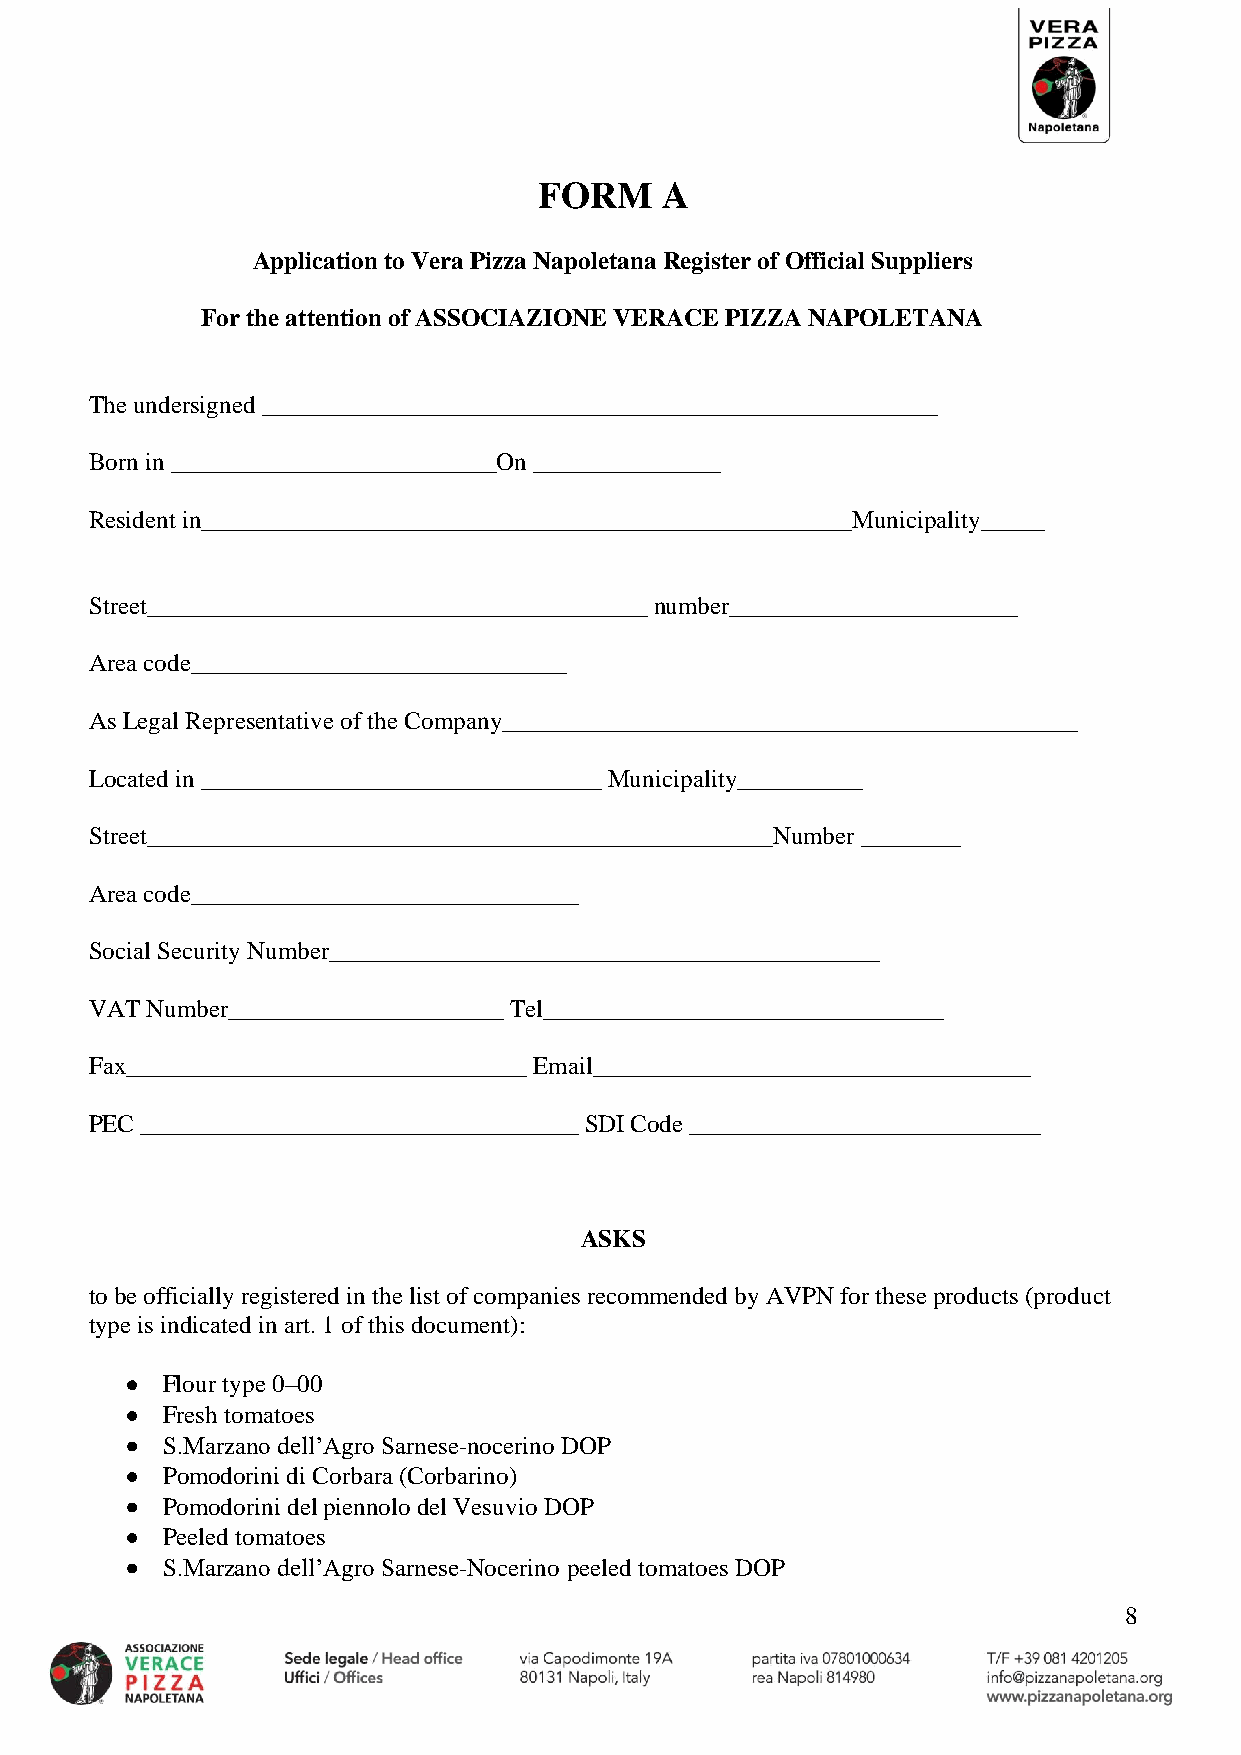
FORM    A
 Application to Vera Pizza Napoletana Register of Official Suppliers
 For the attention of ASSOCIAZIONE VERACE PIZZA NAPOLETANA
 The undersigned ______________________________________________________
 Born in __________________________On _______________
 Resident in____________________________________________________Municipality_____
 Street________________________________________ number_______________________
 Area code______________________________
 As Legal Representative of the Company______________________________________________
 Located in ________________________________ Municipality__________
 Street__________________________________________________Number ________
 Area code_______________________________
 Social Security Number____________________________________________
 VAT Number______________________ Tel________________________________
 Fax________________________________ Email___________________________________
 PEC ___________________________________ SDI Code ____________________________
 ASKS
 to be officially registered in the list of companies recommended by AVPN for these products (product
 type is indicated in art. 1 of this document):
 •  Flour type 0–00
 •  Fresh tomatoes
 •  S.Marzano dell’Agro Sarnese-nocerino DOP
 •  Pomodorini di Corbara (Corbarino)
 •  Pomodorini del piennolo del Vesuvio DOP
 •  Peeled tomatoes
 •  S.Marzano dell’Agro Sarnese-Nocerino peeled tomatoes DOP
 8